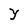
Character: Y